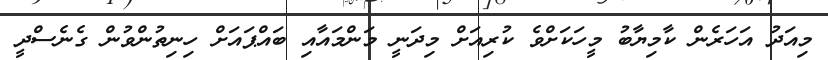
މިއަދު އަހަރެން ކާމިޔާބު މީހަކަށްވެ ކުރިއަށް މިދަނީ މަންމައާއި ބައްޕައަށް ހިނިތުންވުން ގެނެސްދީ